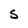
Character: S